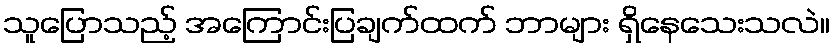
သူပြောသည့် အကြောင်းပြချက်ထက် ဘာများ ရှိနေသေးသလဲ။